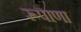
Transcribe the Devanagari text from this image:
रूपाणा